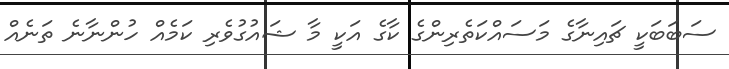
ސަބަބަކީ ޗައިނާގެ މަސައްކަތެރިންގެ ކާގެ އަކީ މާ ޝައުގުވެރި ކަމެއް ހުންނާނެ ތަނެއް